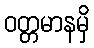
ဝတ္တမာနမှိ